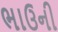
ભાઉની